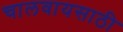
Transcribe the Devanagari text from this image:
चालवायसाठी